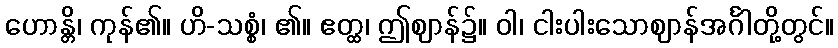
ဟောန္တိ၊ ကုန်၏။ ဟိ-သစ္စံ၊ ၏။ ဧတ္ထ၊ ဤဈာန်၌။ ဝါ၊ ငါးပါးသောဈာန်အင်္ဂါတို့တွင်။